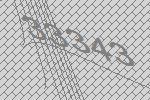
33343